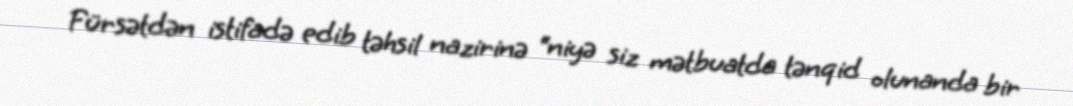
Fürsətdən istifadə edib təhsil nazirinə “niyə siz mətbuatda tənqid olunanda bir